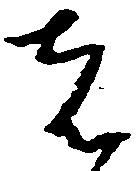
者